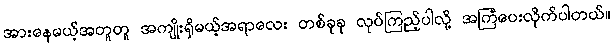
အားနေမယ့်အတူတူ အကျိုးရှိမယ့်အရာလေး တစ်ခုခု လုပ်ကြည့်ပါလို့ အကြံပေးလိုက်ပါတယ်။